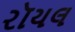
રૉયલ